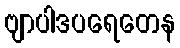
ဗျာပါဒပရေတေန